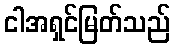
ငါအရှင်မြတ်သည်